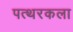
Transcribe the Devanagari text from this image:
पत्थरकला